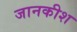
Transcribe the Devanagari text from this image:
जानकीश